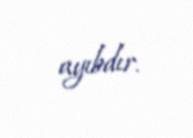
ayıbdır.